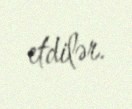
etdilər.